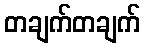
တချက်တချက်